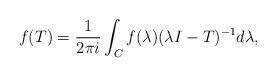
LaTeX: \begin{align*}f(T)=\frac{1}{2{\pi}i}\int_{C}f(\lambda)({\lambda}I-T)^{-1}d\lambda,\end{align*}